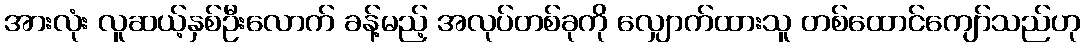
အားလုံး လူဆယ့်နှစ်ဦးလောက် ခန့်မည့် အလုပ်တစ်ခုကို လျှောက်ထားသူ တစ်ထောင်ကျော်သည်ဟု